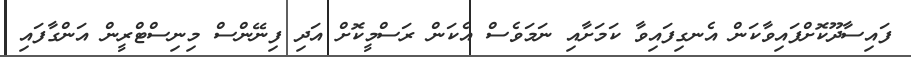
ފައިސާދޫކޮށްފައިވާކަން އެނގިފައިވާ ކަމަށާއި ނަމަވެސް އެކަން ރަސްމީކޮށް އަދި ފިނޭންސް މިނިސްޓްރީން އަންގާފައި